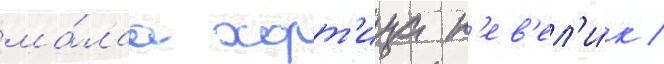
ма́лаа хорт'ица н'ев'ел'и́к /